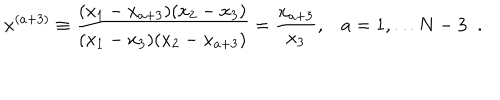
LaTeX: x ^ { ( a + 3 ) } \equiv \frac { ( x _ { 1 } - x _ { a + 3 } ) ( x _ { 2 } - x _ { 3 } ) } { ( x _ { 1 } - x _ { 3 } ) ( x _ { 2 } - x _ { a + 3 } ) } = \frac { x _ { a + 3 } } { x _ { 3 } } , a = 1 , \ldots N - 3 \; \; .